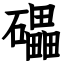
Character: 礧